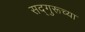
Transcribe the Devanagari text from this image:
सद्‌गुरूच्या